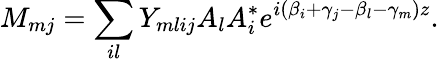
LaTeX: M_{mj}=\sum_{il}Y_{mlij}A_{l}A_{i}^{*}e^{i(\beta_{i}+\gamma_{j}-\beta_{l}-\gamma_{m})z}.